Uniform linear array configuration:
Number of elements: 16
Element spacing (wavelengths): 0.25
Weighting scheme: cosine
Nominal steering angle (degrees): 30
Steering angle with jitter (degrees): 28.127
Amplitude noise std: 0.05
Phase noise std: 0.05

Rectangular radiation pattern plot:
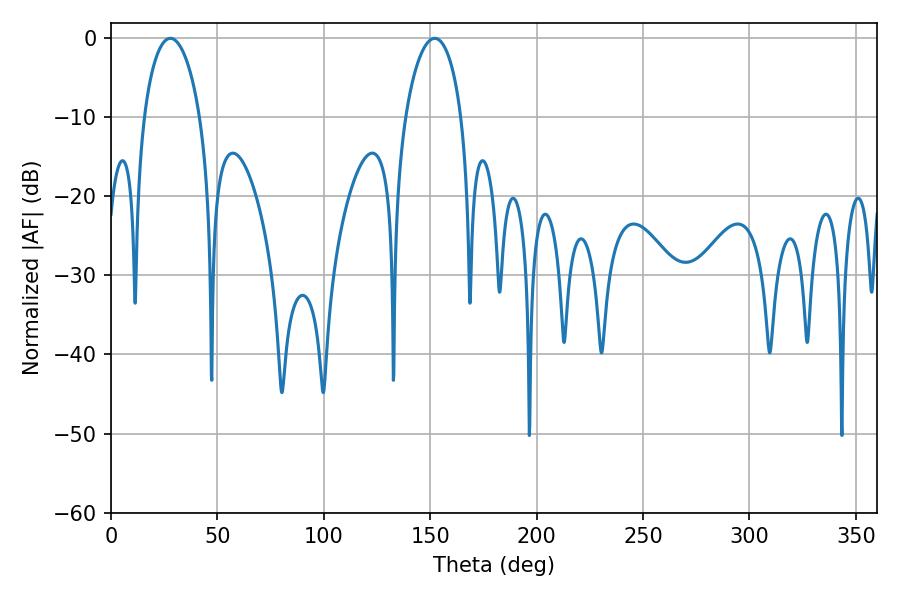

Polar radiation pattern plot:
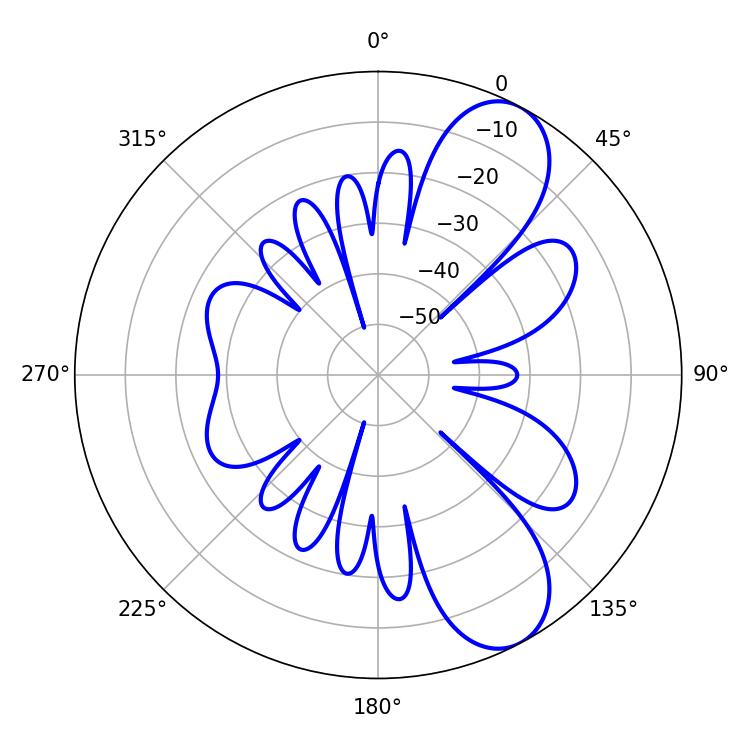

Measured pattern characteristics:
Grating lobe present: FALSE
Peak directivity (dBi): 8.726
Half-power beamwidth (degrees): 14.94
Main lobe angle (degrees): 27.9